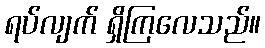
ရပ်လျက် ရှိကြလေသည်။